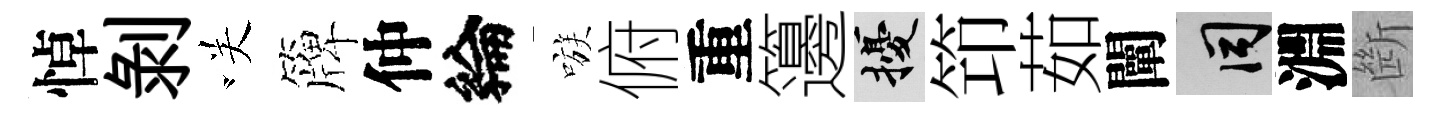
悼剥咲簰仲綸嗾俯重籩擾笻茹闡间淵㫁